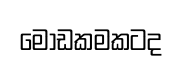
මෝඩකමකටද